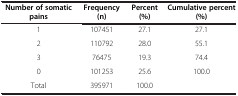
<table><thead><tr><td><b>Number of somatic pains</b></td><td><b>Frequency (n)</b></td><td><b>Percent (%)</b></td><td><b>Cumulative percent (%)</b></td></tr></thead><tbody><tr><td>1</td><td>107451</td><td>27.1</td><td>27.1</td></tr><tr><td>2</td><td>110792</td><td>28.0</td><td>55.1</td></tr><tr><td>3</td><td>76475</td><td>19.3</td><td>74.4</td></tr><tr><td>0</td><td>101253</td><td>25.6</td><td>100.0</td></tr><tr><td>Total</td><td>395971</td><td>100.0</td><td> </td></tr></tbody></table>